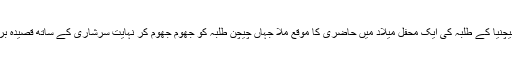
راقم الحروف کو ایک مرتبہ قاہرہ میں مقیم چیچنیا کے طلبہ کی ایک محفل میلاد میں حاضری کا موقع ملا جہاں چیچن طلبہ کو جھوم جھوم کر نہایت سرشاری کے ساتھ قصیدہ بردہ پڑھتے ہوئے دیکھ کر بہت خوشی ہوئی ۔